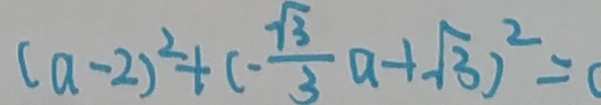
( a - 2 ) ^ { 2 } + ( - \frac { \sqrt { 3 } } { 3 } a - 1 \sqrt { 3 } ) ^ { 2 } = (